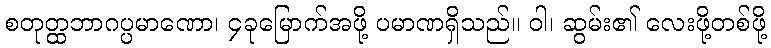
စတုတ္ထဘာဂပ္ပမာဏော၊ ၄ခုမြောက်အဖို့ ပမာဏရှိသည်။ ဝါ၊ ဆွမ်း၏ လေးဖို့တစ်ဖို့